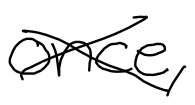
Text: once,
Cross-out: cross
Writing tool: digital_black